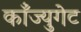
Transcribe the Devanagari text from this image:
काँज्युगेट